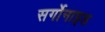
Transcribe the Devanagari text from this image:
सर्गोनाइड